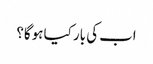
اب کی بار کیا ہوگا؟